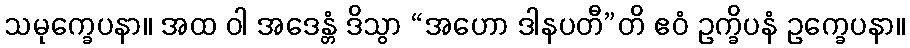
သမုက္ခေပနာ။ အထ ဝါ အဒေန္တံ ဒိသွာ “အဟော ဒါနပတီ”တိ ဧဝံ ဥက္ခိပနံ ဥက္ခေပနာ။